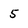
Character: 5